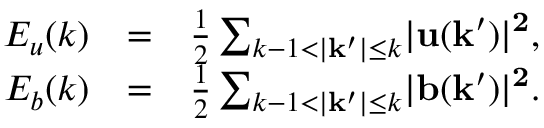
\begin{array} { r l r } { E _ { u } ( k ) } & { = } & { \frac { 1 } { 2 } \sum _ { k - 1 < \lvert \mathbf { k ^ { \prime } } \rvert \leq k } \lvert \bf { u } ( \bf { k ^ { \prime } } ) \rvert ^ { 2 } , } \\ { E _ { b } ( k ) } & { = } & { \frac { 1 } { 2 } \sum _ { k - 1 < \lvert \mathbf { k ^ { \prime } } \rvert \leq k } \lvert \bf { b } ( \bf { k ^ { \prime } } ) \rvert ^ { 2 } . } \end{array}